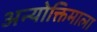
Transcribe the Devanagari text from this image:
अन्योक्तिमाला